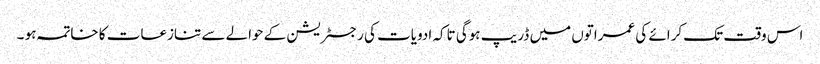
اس وقت تک کرائے کی عمراتوں میں ڈریپ ہوگی تاکہ ادویات کی رجسٹریشن کے حوالے سے تنازعات کا خاتمہ ہو ۔